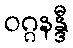
ဝဂ္ဂနန္ဒီ